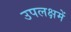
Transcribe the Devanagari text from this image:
उपलक्षमें